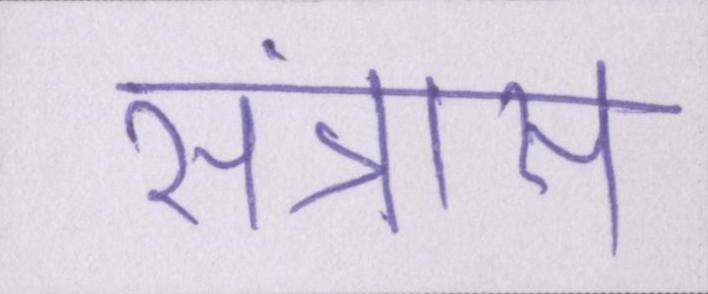
संत्रास